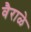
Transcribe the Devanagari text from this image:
वैराळे